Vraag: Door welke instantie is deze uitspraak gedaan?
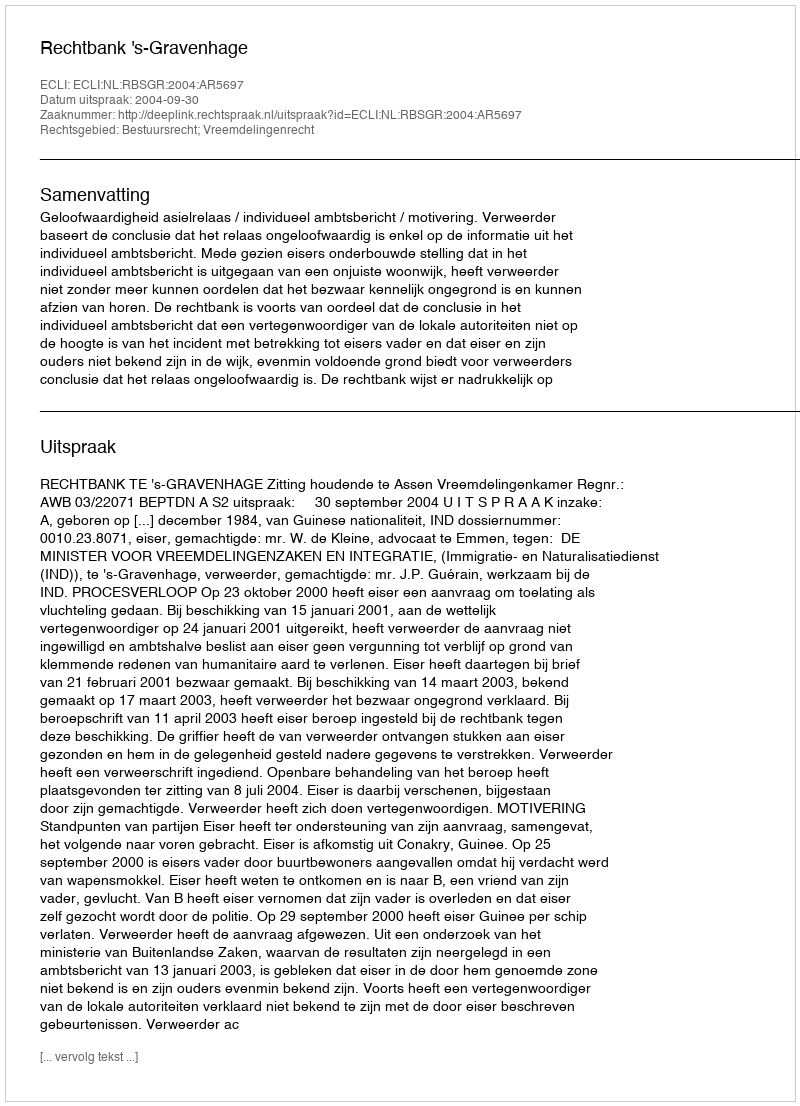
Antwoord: Rechtbank 's-Gravenhage